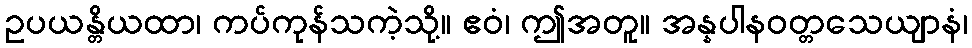
ဥပယန္တိယထာ၊ ကပ်ကုန်သကဲ့သို့။ ဧဝံ၊ ဤအတူ။ အန္နပါနဝတ္တသေယျာနံ၊